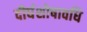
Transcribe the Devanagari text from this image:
दीर्घशोषावधि